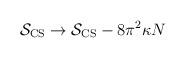
LaTeX: \begin{align*}{\cal S}_{\rm CS}\to {\cal S}_{\rm CS} -8\pi^2 \kappa N\end{align*}